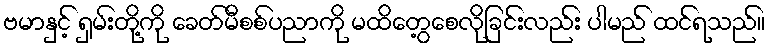
ဗမာနှင့် ရှမ်းတို့ကို ခေတ်မီစစ်ပညာကို မထိတွေ့စေလိုခြင်းလည်း ပါမည် ထင်ရသည်။